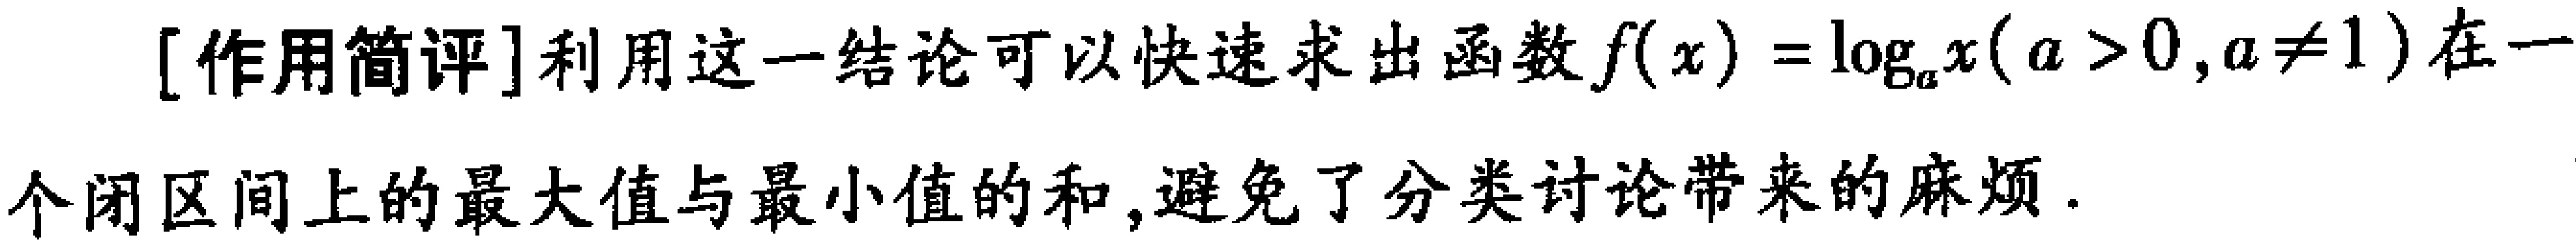
[作用简评]利用这一结论可以快速求出函数\(f(x)=\log_{a}x(a > 0,a\neq1)\)在一个闭区间上的最大值与最小值的和,避免了分类讨论带来的麻烦.